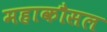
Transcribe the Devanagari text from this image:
महाकौसल